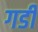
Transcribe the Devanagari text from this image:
गर्डी